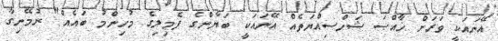
އޭނައަކީ ވަރަށް ޚާއްޞަ ޝަހްސިއްޔަތެއް އޭނައަކީ ބަޔާންގެ ފެމިލިގެ މުހިންމު ބައެއް" ރުމޭނިގާ